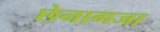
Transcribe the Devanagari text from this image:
छेनागजा